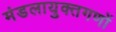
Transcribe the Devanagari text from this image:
मंडलायुक्तगणों